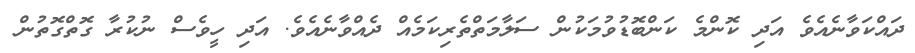
ދައްކަވާނެއެވެ އަދި ކޮންމެ ކަންބޮޑުވުމަކުން ސަލާމަތްތެރިކަމެއް ދެއްވާނެއެވެ. އަދި ހީވެސް ނުކުރާ ގޮތްގޮތުން